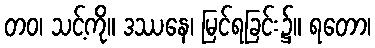
တဝ၊ သင့်ကို။ ဒဿနေ၊ မြင်ရခြင်း၌။ ရတော၊